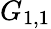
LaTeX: G_{1,1}